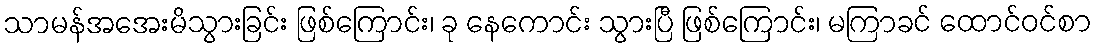
သာမန်အအေးမိသွားခြင်း ဖြစ်ကြောင်း၊ ခု နေကောင်း သွားပြီ ဖြစ်ကြောင်း၊ မကြာခင် ထောင်ဝင်စာ